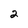
Character: 2